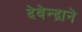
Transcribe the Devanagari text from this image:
देवेन्द्राने